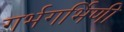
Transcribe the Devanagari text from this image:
गर्भगर्भिणी